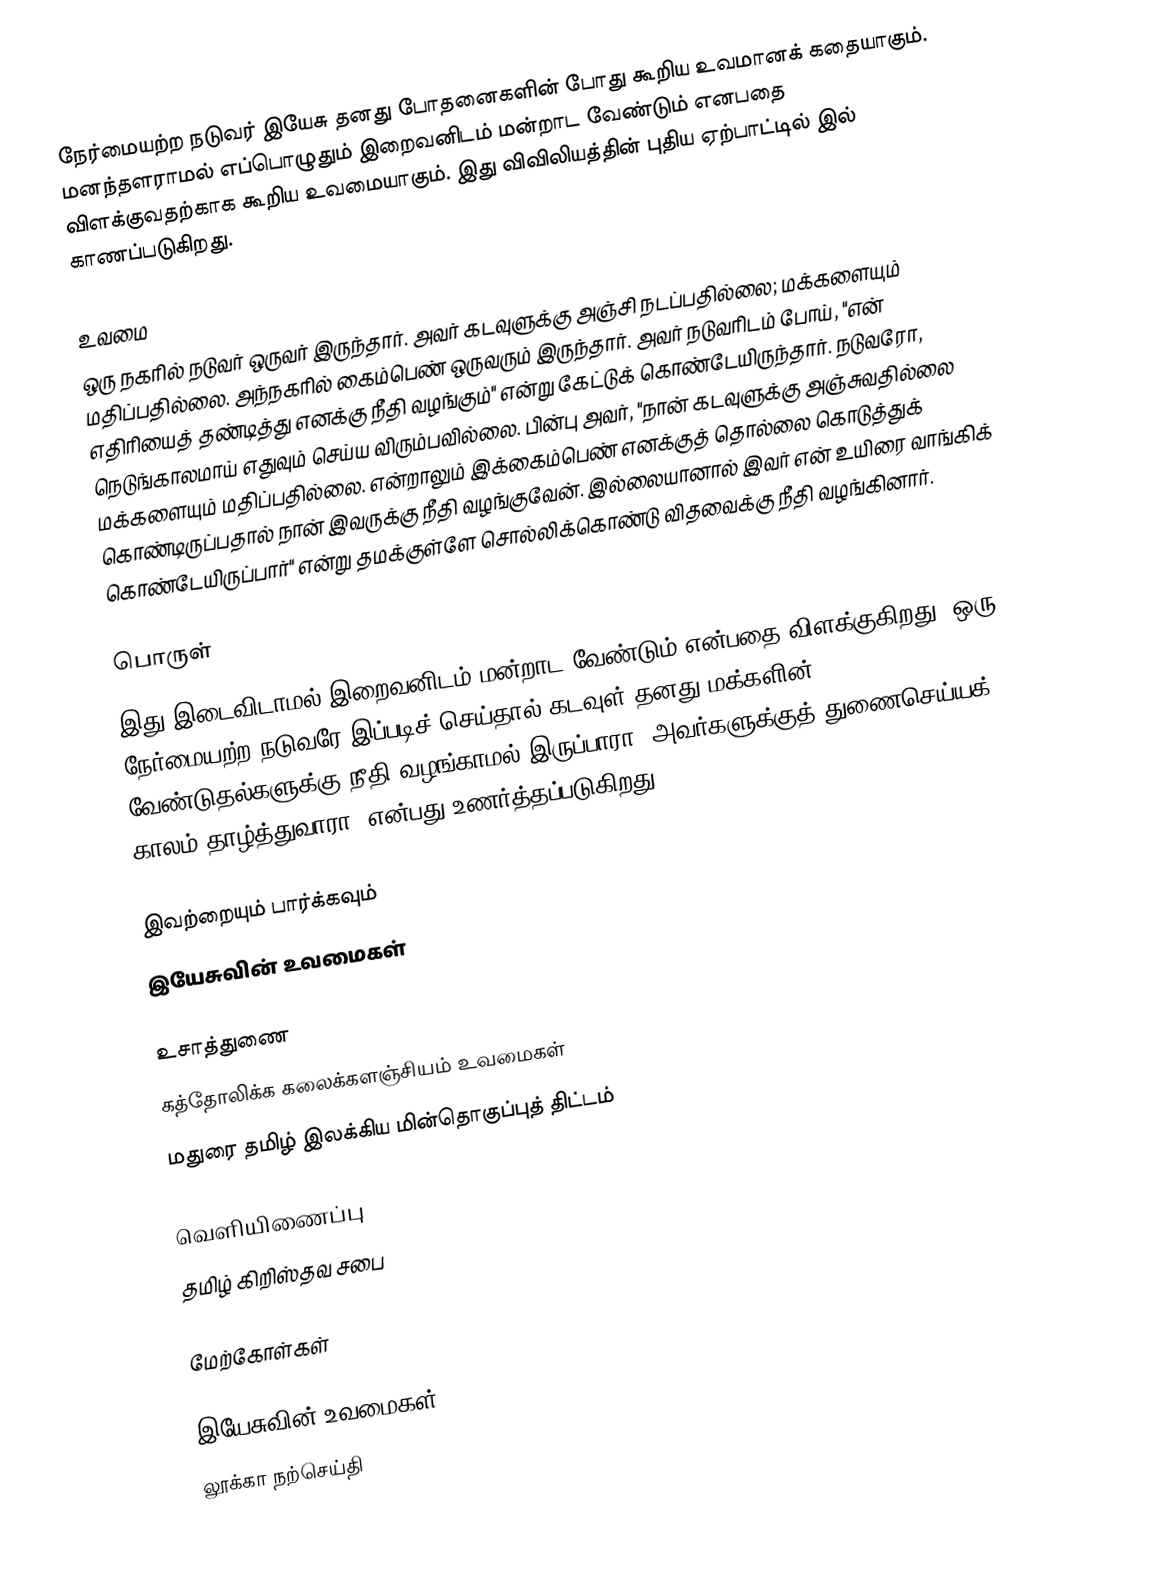
நேர்மையற்ற நடுவர் இயேசு தனது போதனைகளின் போது கூறிய உவமானக் கதையாகும். மனந்தளராமல் எப்பொழுதும் இறைவனிடம் மன்றாட வேண்டும் எனபதை விளக்குவதற்காக கூறிய உவமையாகும். இது விவிலியத்தின் புதிய ஏற்பாட்டில்  இல் காணப்படுகிறது.

உவமை
ஒரு நகரில் நடுவர் ஒருவர் இருந்தார். அவர் கடவுளுக்கு அஞ்சி நடப்பதில்லை; மக்களையும் மதிப்பதில்லை. அந்நகரில் கைம்பெண் ஒருவரும் இருந்தார். அவர் நடுவரிடம் போய், "என் எதிரியைத் தண்டித்து எனக்கு நீதி வழங்கும்" என்று கேட்டுக் கொண்டேயிருந்தார். நடுவரோ, நெடுங்காலமாய் எதுவும் செய்ய விரும்பவில்லை. பின்பு அவர், "நான் கடவுளுக்கு அஞ்சுவதில்லை மக்களையும் மதிப்பதில்லை. என்றாலும் இக்கைம்பெண் எனக்குத் தொல்லை கொடுத்துக் கொண்டிருப்பதால் நான் இவருக்கு நீதி வழங்குவேன். இல்லையானால் இவர் என் உயிரை வாங்கிக் கொண்டேயிருப்பார்" என்று தமக்குள்ளே சொல்லிக்கொண்டு விதவைக்கு நீதி வழங்கினார்.

பொருள்
இது இடைவிடாமல் இறைவனிடம் மன்றாட வேண்டும் என்பதை விளக்குகிறது. ஒரு நேர்மையற்ற நடுவரே இப்படிச் செய்தால் கடவுள் தனது மக்களின் வேண்டுதல்களுக்கு நீதி வழங்காமல் இருப்பாரா? அவர்களுக்குத் துணைசெய்யக் காலம் தாழ்த்துவாரா? என்பது உணர்த்தப்படுகிறது.

இவற்றையும் பார்க்கவும்
 இயேசுவின் உவமைகள்

உசாத்துணை
கத்தோலிக்க கலைக்களஞ்சியம் உவமைகள்
மதுரை தமிழ் இலக்கிய மின்தொகுப்புத் திட்டம்

வெளியிணைப்பு
தமிழ் கிறிஸ்தவ சபை

மேற்கோள்கள்

இயேசுவின் உவமைகள்
லூக்கா நற்செய்தி